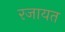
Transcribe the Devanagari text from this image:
रजायत